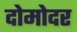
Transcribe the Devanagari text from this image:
दोमोदर